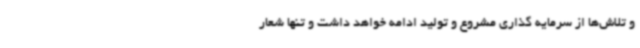
و تلاش‌ها از سرمایه گذاری مشروع و تولید ادامه خواهد داشت و تنها شعار